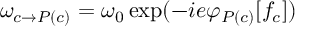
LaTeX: \omega _ { c \rightarrow P ( c ) } = \omega _ { 0 } \exp ( - i e \varphi _ { P ( c ) } [ f _ { c } ] )